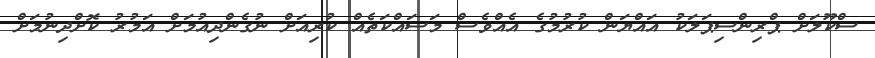
ސްކޫލަށް ޕްރިންސިޕަލަކު އައްޔަން ކުރުމުގެ އެއްވެސް މަސައްކަތެއް ކުރިއަށް ނުގެންދިއުމަށް އަމުރު ކޮށްދިނުމަށް